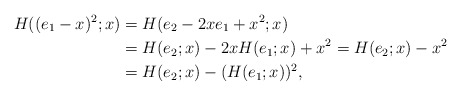
\begin{align*}H((e_1-x)^2;x)&=H(e_2-2xe_1+x^2;x)\\&=H(e_2;x)-2xH(e_1;x)+x^2=H(e_2;x)-x^2\\&=H(e_2;x)-(H(e_1;x))^2,\end{align*}